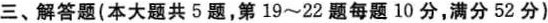
三、解答题(本大题共5题，第19~22题每题10分，满分52分)